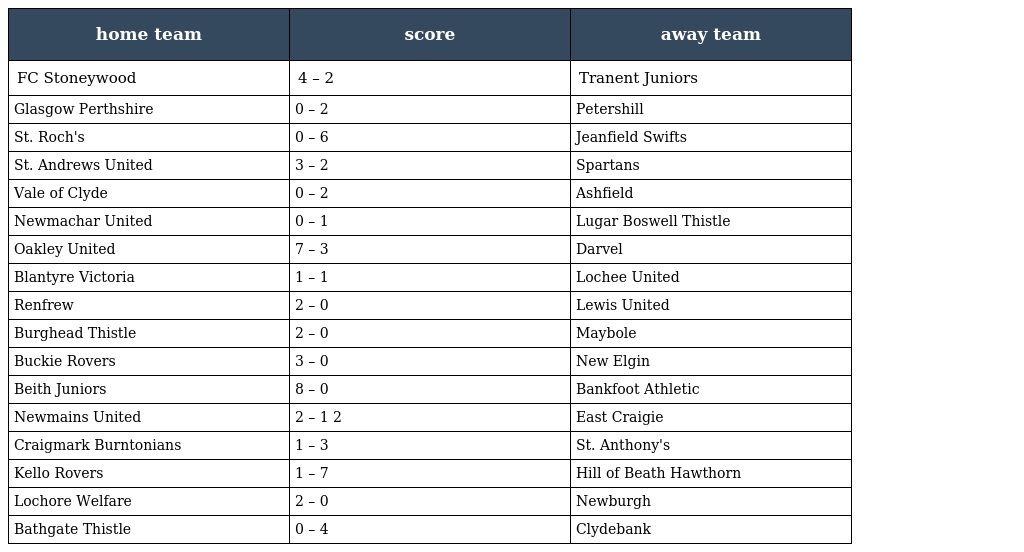
| home team | score | away team |
 | --- | --- | --- |
 | FC Stoneywood | 4 – 2 | Tranent Juniors |
 | Glasgow Perthshire | 0 – 2 | Petershill |
 | St. Roch's | 0 – 6 | Jeanfield Swifts |
 | St. Andrews United | 3 – 2 | Spartans |
 | Vale of Clyde | 0 – 2 | Ashfield |
 | Newmachar United | 0 – 1 | Lugar Boswell Thistle |
 | Oakley United | 7 – 3 | Darvel |
 | Blantyre Victoria | 1 – 1 | Lochee United |
 | Renfrew | 2 – 0 | Lewis United |
 | Burghead Thistle | 2 – 0 | Maybole |
 | Buckie Rovers | 3 – 0 | New Elgin |
 | Beith Juniors | 8 – 0 | Bankfoot Athletic |
 | Newmains United | 2 – 1 2 | East Craigie |
 | Craigmark Burntonians | 1 – 3 | St. Anthony's |
 | Kello Rovers | 1 – 7 | Hill of Beath Hawthorn |
 | Lochore Welfare | 2 – 0 | Newburgh |
 | Bathgate Thistle | 0 – 4 | Clydebank |